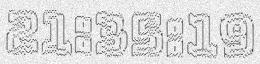
21:35:19